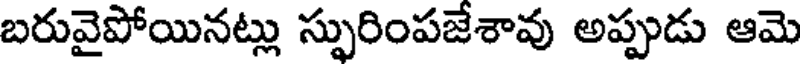
బరువైపోయినట్లు స్పురింపజేశావు అప్పుడు ఆమె